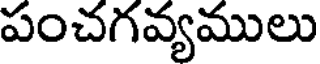
పంచగవ్యములు